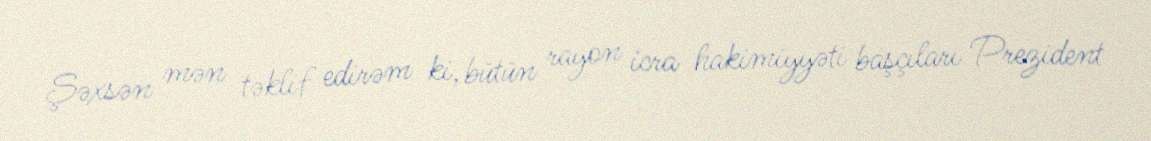
Şəxsən mən təklif edirəm ki, bütün rayon icra hakimiyyəti başçıları Prezident